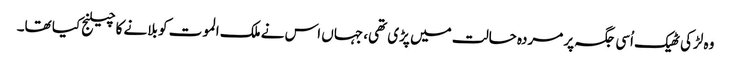
وہ لڑکی ٹھیک اُسی جگہ پر مردہ حالت میں پڑی تھی، جہاں اس نے ملک الموت کو بلانے کا چیلنج کیا تھا۔